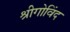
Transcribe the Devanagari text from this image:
श्रीगोविंद